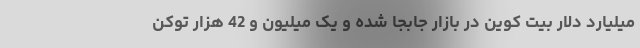
میلیارد دلار بیت کوین در بازار جابجا شده و یک میلیون و 42 هزار توکن